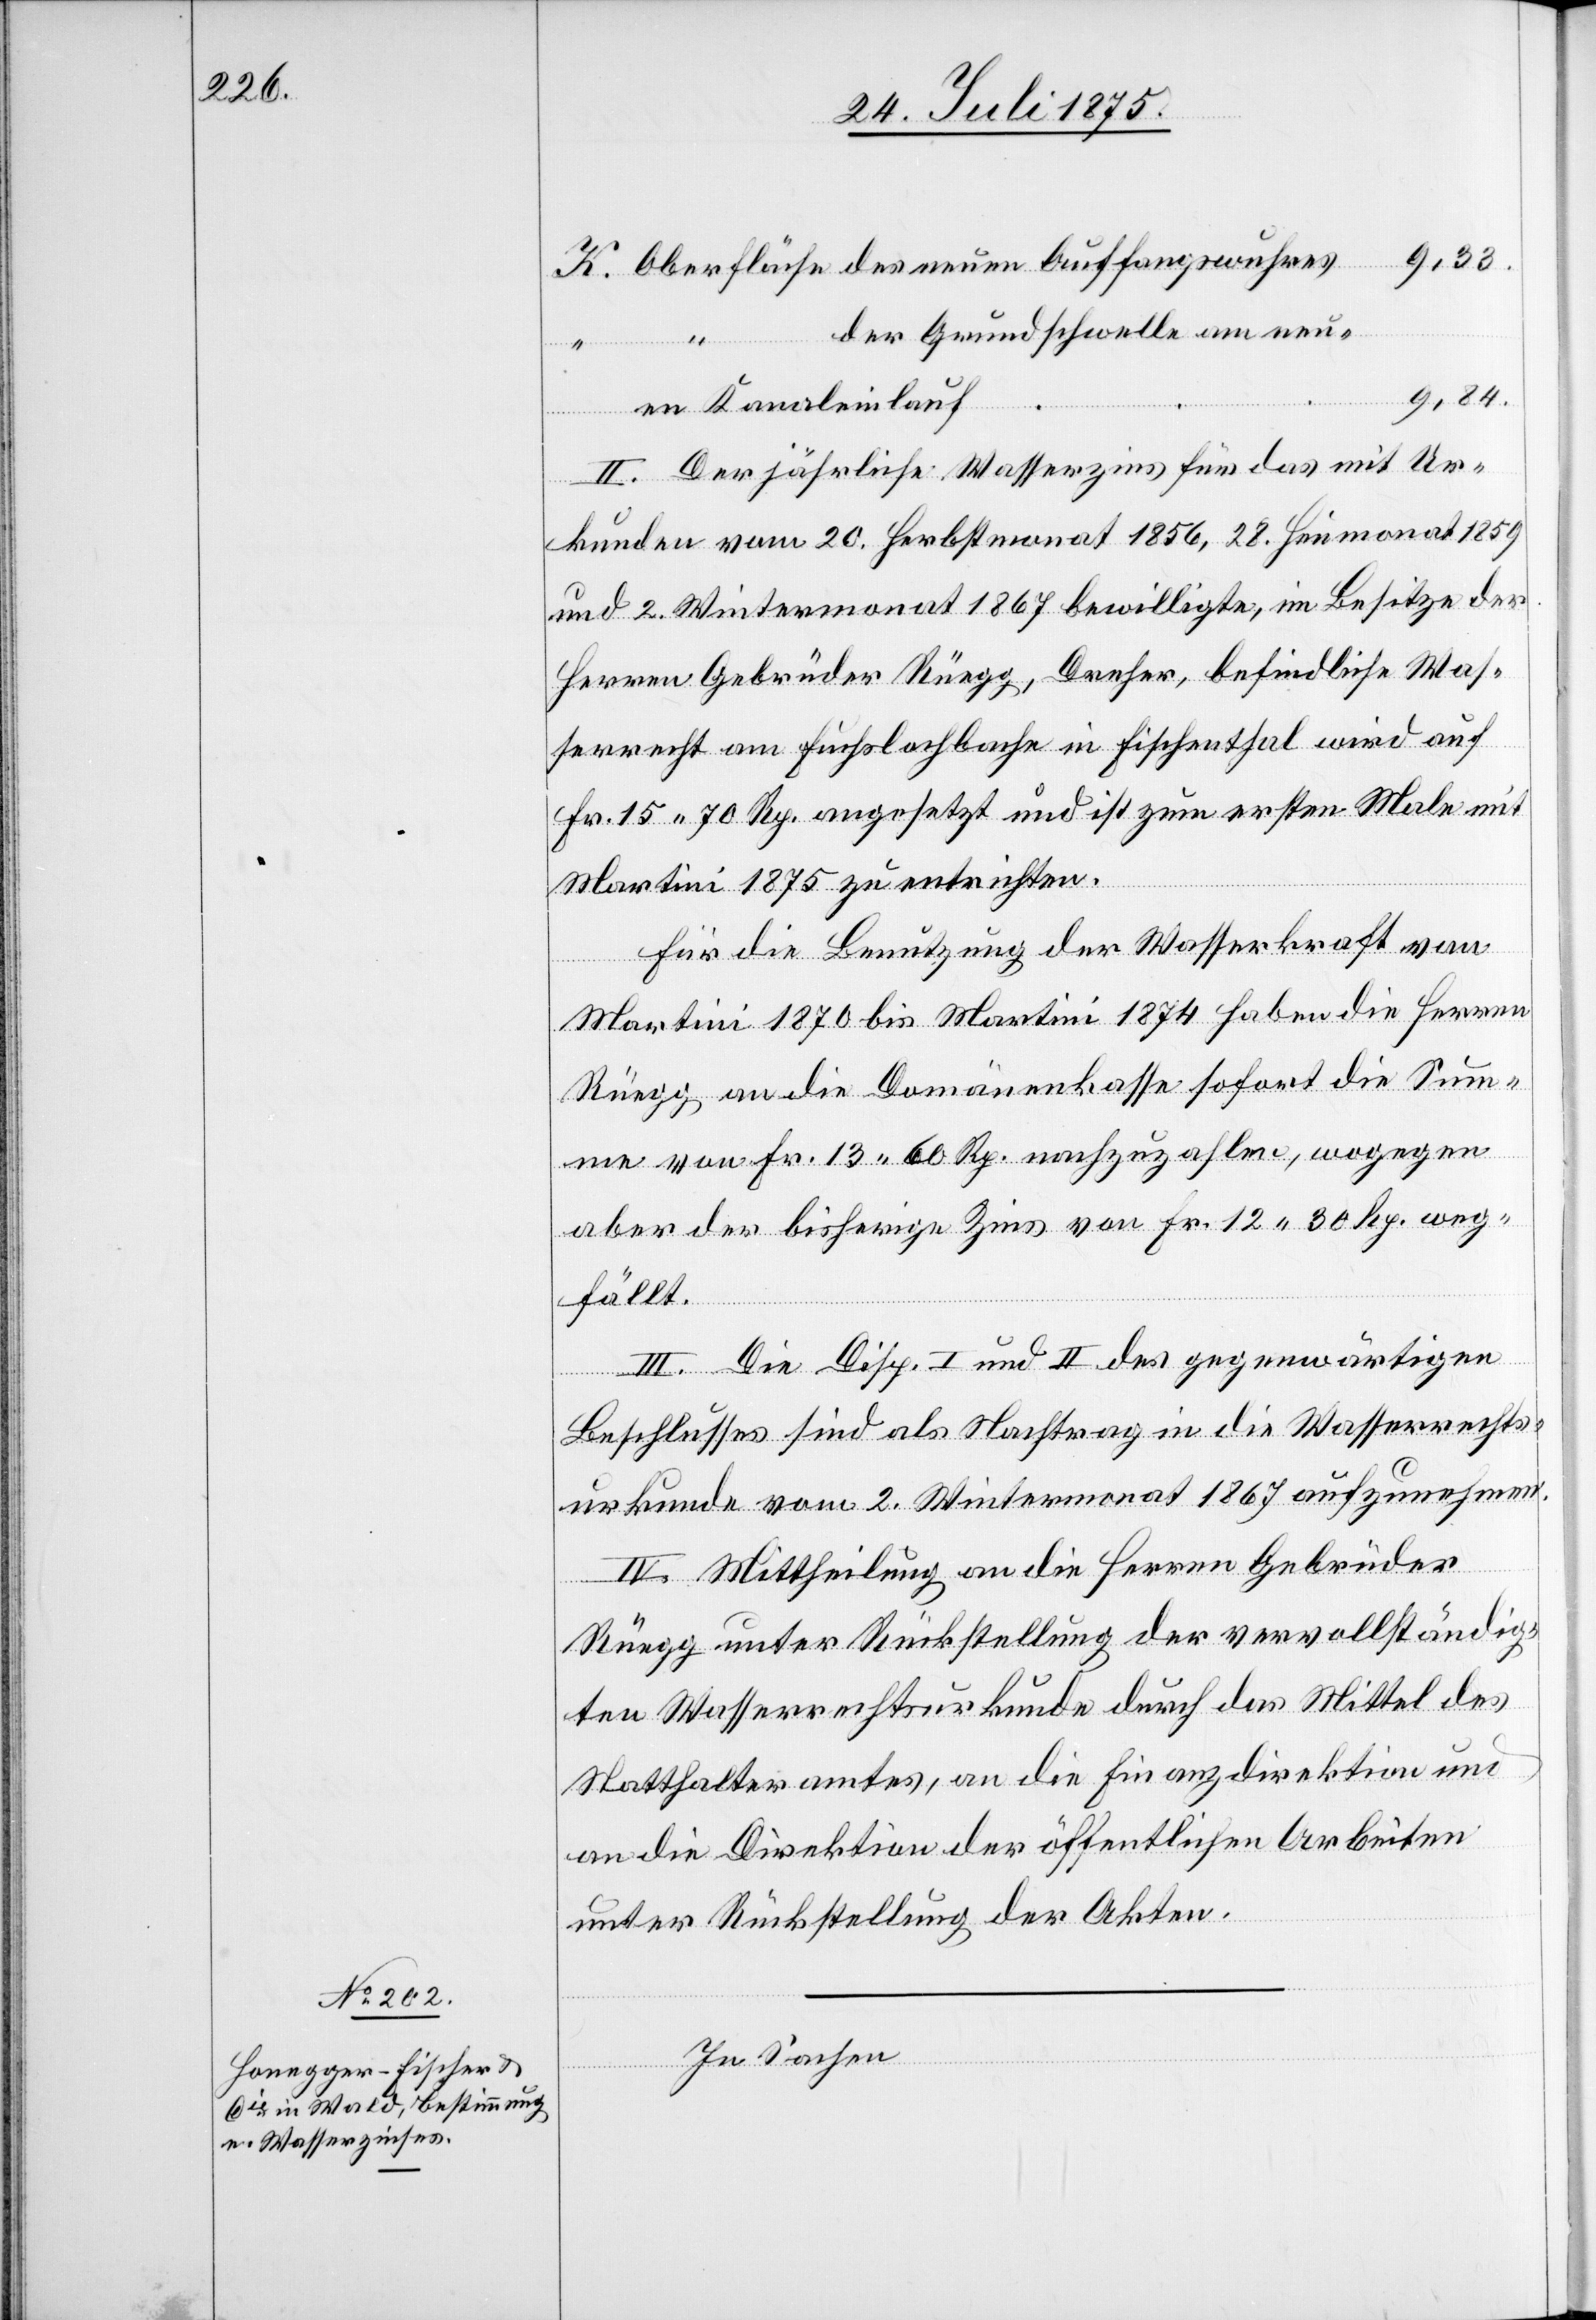
Oberfläche des neuen Auffangswuhres
der Grundschwelle am neu¬
9,84.
en Kanaleinlauf
II. Der jährliche Wasserzins für das mit Ur¬
kunden vom 20. Herbstmonat 1856, 28. Heumonat 1859
und 2. Wintermonat 1867 bewilligte, im Besitze der
Herren Gebrüder Rüegg, Dreher, befindliche Was¬
serrecht am Fuchslochbache in Fischenthal wird auf
Fr. 15 70 Rp. angesetzt und ist zum ersten Male mit
Martini 1875 zu entrichten.
Für die Benutzung der Wasserkraft von
Martini 1870 bis Martini 1874 haben die Herren
Rüegg an die Domänenkasse sofort die Sum¬
me von Fr. 13 60 Rp. nachzuzahlen, wogegen
aber der bisherige Zins von Fr. 12 30 Rp. weg¬
fällt.
III. Die Disp. I und II des gegenwärtigen
Beschlusses sind als Nachtrag in die Wasserrechts¬
urkunde vom 2. Wintermonat 1867 aufzunehmen.
IV. Mittheilung an die Herren Gebrüder
Rüegg unter Rückstellung der vervollständig¬
ten Wasserrechtsurkunde durch das Mittel des
Statthalteramtes, an die Finanzdirektion und
an die Direktion der öffentlichen Arbeiten
unter Rückstellung der Akten.
In Sachen